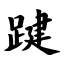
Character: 踺